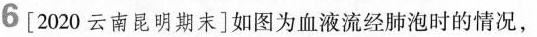
6 [2020云南昆明期末] 如图为血液流经肺泡时的情况，